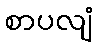
စာပလျံ